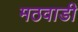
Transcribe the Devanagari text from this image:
मठवाडी